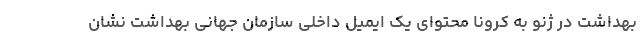
بهداشت در ژنو به کرونا محتوای یک ایمیل داخلی سازمان جهانی بهداشت نشان